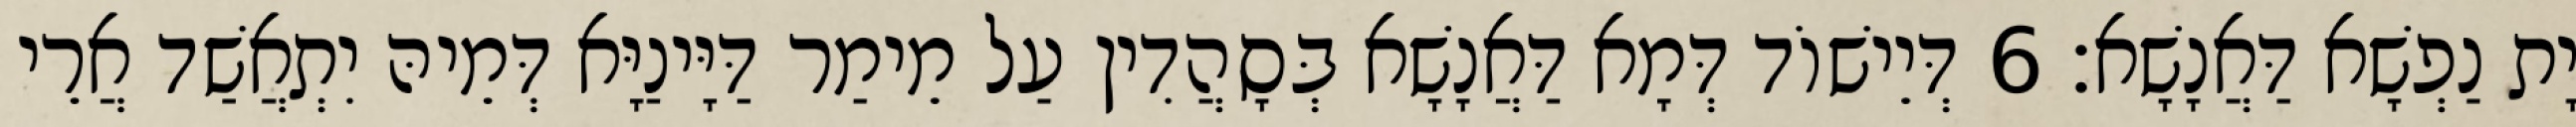
יָת נַפְשָׁא דַּאֲנָשָׁא׃ 6 דְּיֵישׁוֹד דְּמָא דַּאֲנָשָׁא בְּסָהֲדִין עַל מֵימַר דַּיָּינַיָּא דְּמֵיהּ יִתְאֲשַׁד אֲרֵי